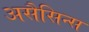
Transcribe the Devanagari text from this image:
असैसिन्स